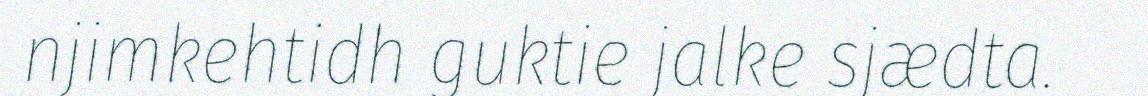
njimkehtidh guktie jalke sjædta.